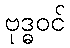
ဗုဒ္ဓဝင်